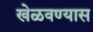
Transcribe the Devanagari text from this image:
खेळवण्यास